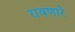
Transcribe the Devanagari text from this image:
रावणारे